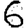
Digit: 6